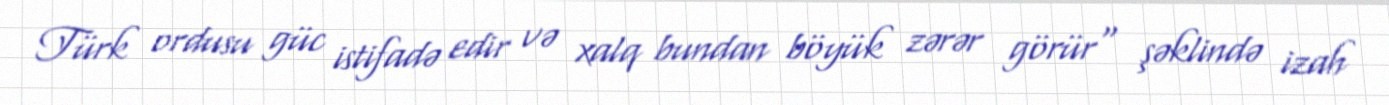
Türk ordusu güc istifadə edir və xalq bundan böyük zərər görür" şəklində izah